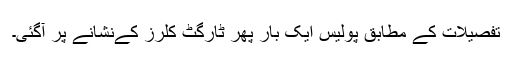
تفصیلات کے مطابق پولیس ایک بار پھر ٹارگٹ کلرز کےنشانے پر آگئی۔